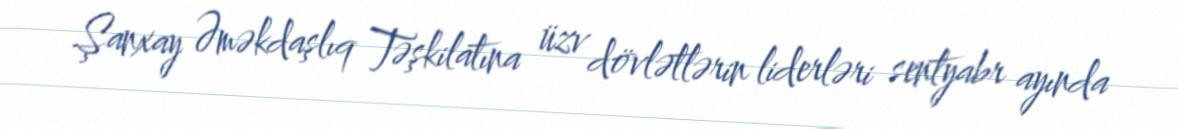
Şanxay Əməkdaşlıq Təşkilatına üzv dövlətlərin liderləri sentyabr ayında